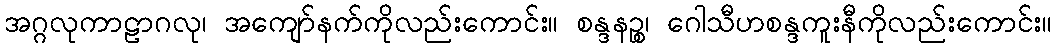
အဂ္ဂလုကာဠာဂလု၊ အကျော်နက်ကိုလည်းကောင်း။ စန္ဒနဉ္စ၊ ဂေါသီဟစန္ဒကူးနီကိုလည်းကောင်း။